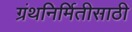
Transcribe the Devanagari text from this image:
ग्रंथनिर्मितीसाठी